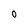
Character: 0